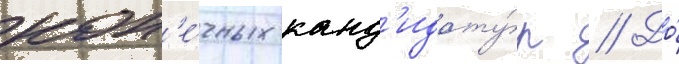
кон'е́чных канд'идату́р // До́